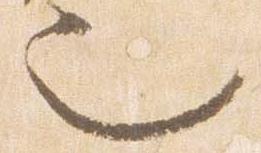
也